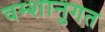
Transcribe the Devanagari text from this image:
वम्शानुगत